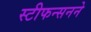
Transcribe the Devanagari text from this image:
स्टीफन्सनने